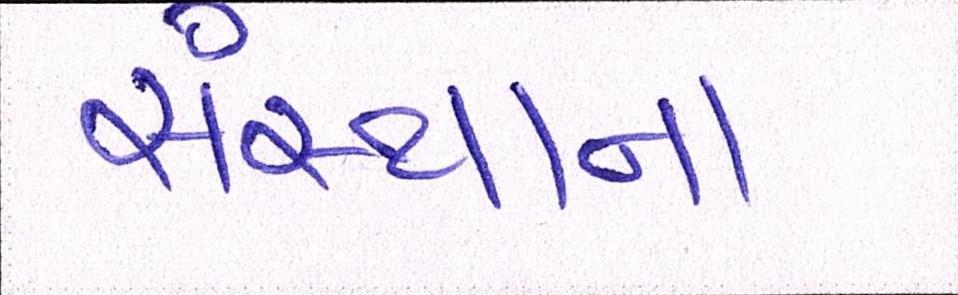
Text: સંસ્થાના